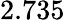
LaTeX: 2.735